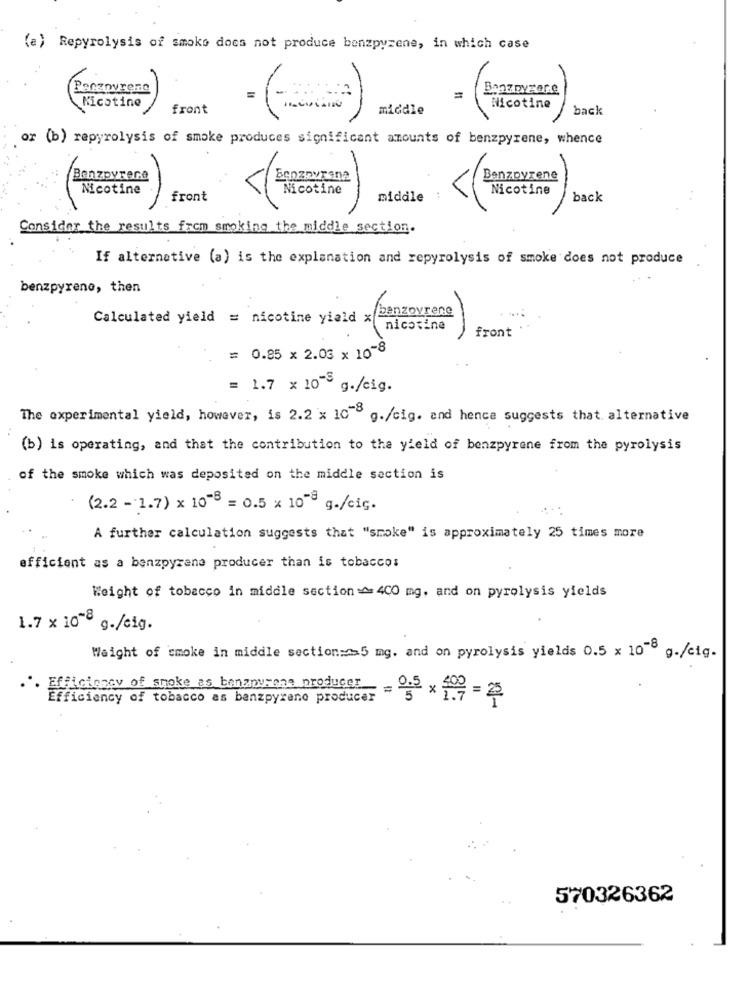
(a) Repyrolysis of smoke does not produce benzpyrene, in which case
-
Penzovrene
Banzoyzer.e
=
=
Nicotine
front
middle
Nicotine
back
or (b) repyrolysis of smoke produces significant amounts of benzpyrene, whence
Benzpyrere
Eenznyrana
Benzpyrene
Nicotine
Nicotine
Nicotine
front
middle
..
back
Consider the results from smoking the middle section.
If alternative (a) is the explanation and repyrolysis of smoke does not produce
benzpyrene, then
benzoyrene
Calculated yield = nicotine yield x
nicotine
front
= 0.85 x 2.03 × 10-8
= 1.7 x 10" g./cig.
The experimental yield, however, is 2.2 x 10 g./cig. and hence suggests that alternative
(b) is operating, and that the contribution to the yield of benzpyrene from the pyrolysis
of the smoke which was deposited on the middle section is
(2.2 - 1.7) x 10-3 = 0.5 x 10-3 g./cic.
A further calculation suggests that "smoke" is approximately 25 times more
efficient as a benzpyrene producer than is tobacco:
Weight of tobacco in middle section ^ 400 mg. and on pyrolysis yields
1.7 x 10 ℃ g./eig.
Weight of smoke in middle section === 5 mg. and on pyrolysis yields 0.5 x 10-8 g./cig.
...
Efficiency of tobacco as banzpyrene producer
Efficiency of smoke as bananumana producer = 0,5 x 109=0
570326362